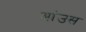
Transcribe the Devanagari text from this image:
आंउस